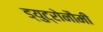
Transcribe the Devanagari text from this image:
ड्युट्रोनौमी